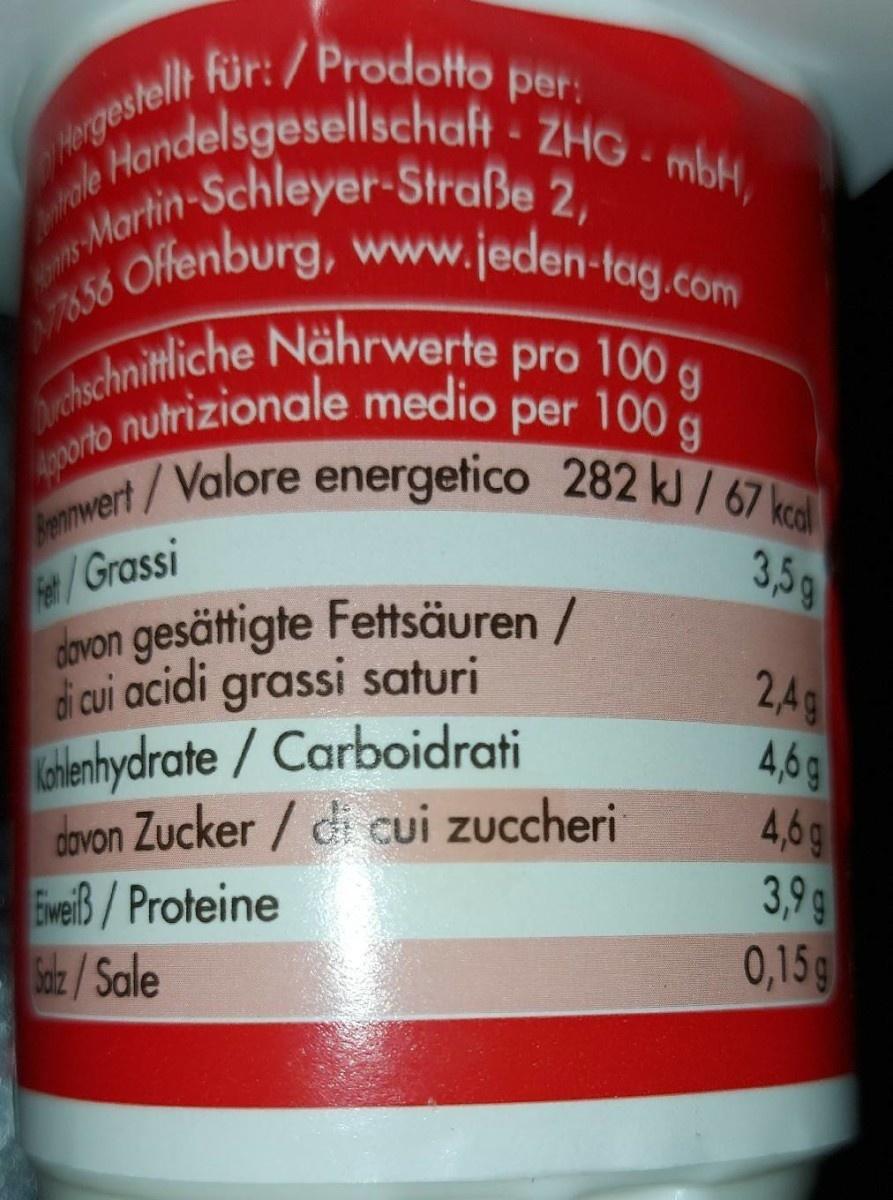
rgestellt für:/Prodotto per:
role Handelsgesellschaft ZHG - mbH,
Martin-Schleyer-Straße 2
Offenburg, www.jeden-tag.com
NT7658
Aschnitliche Nährwerte pro 100 nutrizionale medio per 100 g
Genmwert/Valore energetico 282 k / 67 kcal
Apporto
/Grassi dovon gesättigte Fettsäuren / d cui acidi grassi saturi alenhydrate / Carboidrati dovon Zucker / di cui zuccheri EeiB/Proteine Saz/Sale
3,59
2A9 4,6g 4,6g 3,9 9 0,15g